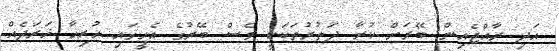
އަދި ރާއްޖެއިން ބޭރަށް ކުރާ ދަތުރުތަކަކީ ވެސް ބޭރުގެ އެހީގައި ހުރިހާ ޚަރަދެއް